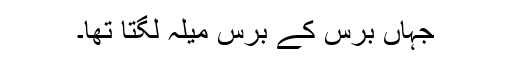
جہاں برس کے برس میلہ لگتا تھا۔